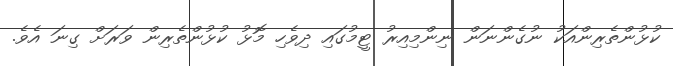
ކުޅުންތެރިންއަކު ނުގެންނަން ނިންމިއިރު ޓީމުގައި ދިވެހި މޮޅު ކުޅުންތެރިން ވަރަށް ގިނަ އެވެ.